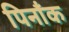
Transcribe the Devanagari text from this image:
पिनाँक